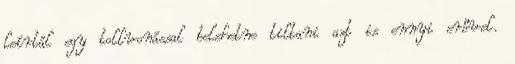
leírtál egy tollvonással belehetne tiltani azt is ennyi erővel.